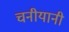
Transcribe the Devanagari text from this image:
चनीयानी